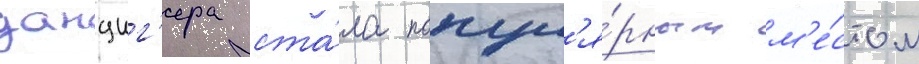
данциг'ера ста́ла попул'я́рным м'е́стом